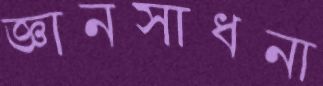
জ্ঞানসাধনা